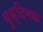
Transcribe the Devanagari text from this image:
बुध्दिबळ